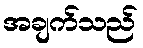
အချက်သည်